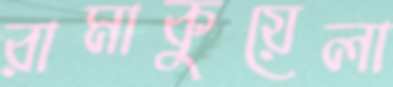
রামাকুয়েলা